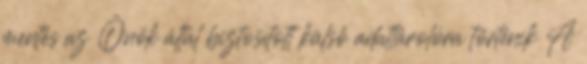
mentés az Önök által biztosított külső adattárolóra történik A